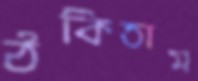
ঠকিতাম